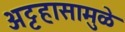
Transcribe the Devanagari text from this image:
अट्टहासामुळे